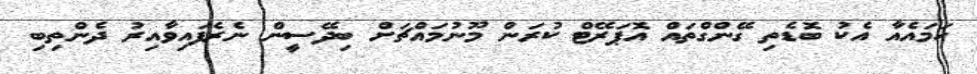
ހަމައެއާ އެކު ބޮޑެތި ގޭންގްތައް އޮޕަރޭޓް ކުރަން މޫނުމައްޗަށް ބިދޭސީން ނެރެފައިވާއިރު ދެންތިބި